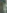
في